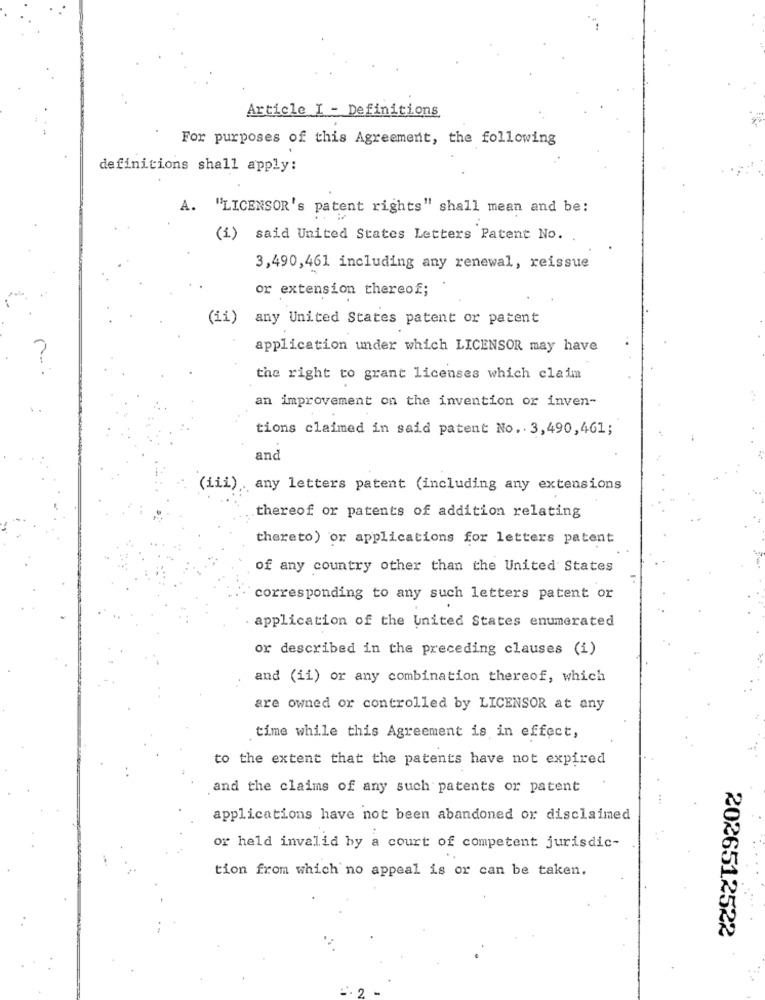
Article I - Definitions
For purposes of this Agreement, the following
definitions shall apply:
A. "LICENSOR's patent rights" shall mean and be:
(i) said United States Letters Patent No.
3,490,461 including any renewal, reissue
or extension thereof;
(ii) any United States patent or patent
application under which LICENSOR may have
the right to grant licenses which claim
an improvement on the invention or inven-
tions claimed in said patent No. 3,490,461;
and
(iii), any letters patent (including any extensions
thereof or patents of addition relating
thereto) or applications for letters patent
of any country other than the United States
corresponding to any such letters patent or
application of the united States enumerated
or described in the preceding clauses (i)
and (ii) or any combination thereof, which
are owned or controlled by LICENSOR at any
time while this Agreement is in effect,
to the extent that the patents have not expired
and the claims of any such patents or patent
applications have not been abandoned or disclaimed
or held invalid by a court of competent jurisdic-
tion from which no appeal is or can be taken.
2026512522